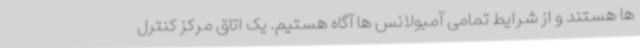
ها هستند و از شرایط تمامی آمبولانس ها آگاه هستیم. یک اتاق مرکز کنترل